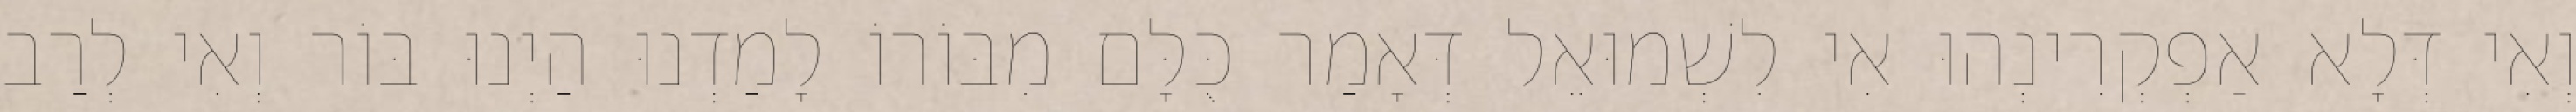
וְאִי דְּלָא אַפְקְרִינְהוּ אִי לִשְׁמוּאֵל דְּאָמַר כֻּלָּם מִבּוֹרוֹ לָמַדְנוּ הַיְנוּ בּוֹר וְאִי לְרַב